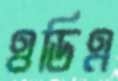
ওডিএ